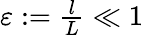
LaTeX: \begin{array}{r}{\varepsilon:=\frac{l}{L}\ll 1}\end{array}